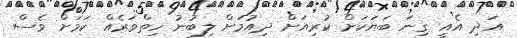
އަދި އެއީ ގިނަ ބަޔަކަށް ކުރިއަށް ދިއުމަށް ލިބުނު ހިތްވަރެއް ކަމަށް ވެސް